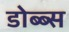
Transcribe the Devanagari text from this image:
डोब्ब्स